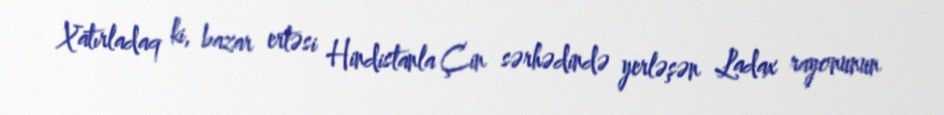
Xatırladaq ki, bazar ertəsi Hindistanla Çin sərhədində yerləşən Ladax rayonunun